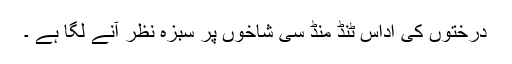
درختوں کی اداس ٹُنڈ مُنڈ سی شاخوں پر سبزہ نظر آنے لگا ہے ۔